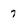
Character: 7